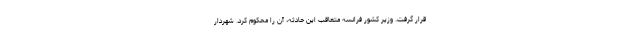
قرار گرفت. وزیر کشور فرانسه متعاقب این حادثه، آن را محکوم کرد. شهردار